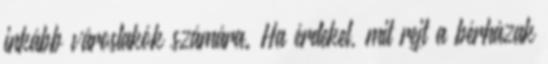
inkább városlakók számára. Ha érdekel, mit rejt a bérházak